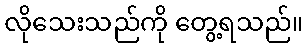
လိုသေးသည်ကို တွေ့ရသည်။